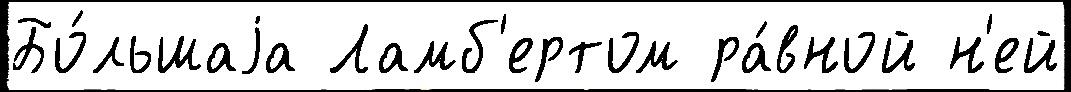
Бо́льшаjа Ламб'ертом ра́вной н'ей